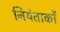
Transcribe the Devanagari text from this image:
नियंताकों